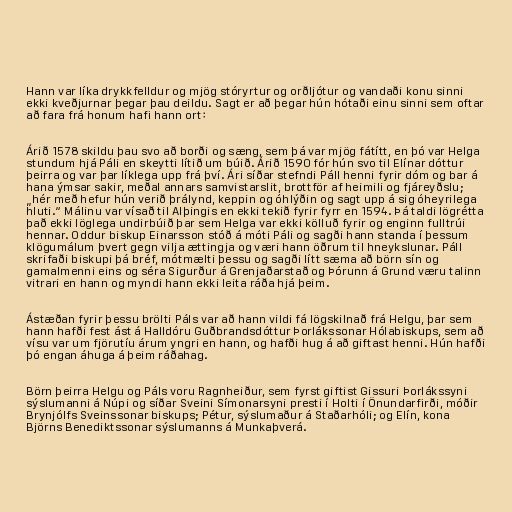
Hann var líka drykkfelldur og mjög stóryrtur og orðljótur og vandaði konu sinni
ekki kveðjurnar þegar þau deildu. Sagt er að þegar hún hótaði einu sinni sem oftar
að fara frá honum hafi hann ort:

Árið 1578 skildu þau svo að borði og sæng, sem þá var mjög fátítt, en þó var Helga
stundum hjá Páli en skeytti lítið um búið. Árið 1590 fór hún svo til Elínar dóttur
þeirra og var þar líklega upp frá því. Ári síðar stefndi Páll henni fyrir dóm og bar á
hana ýmsar sakir, meðal annars samvistarslit, brottför af heimili og fjáreyðslu;
„hér með hefur hún verið þrálynd, keppin og óhlýðin og sagt upp á sig óheyrilega
hluti.“ Málinu var vísað til Alþingis en ekki tekið fyrir fyrr en 1594. Þá taldi lögrétta
það ekki löglega undirbúið þar sem Helga var ekki kölluð fyrir og enginn fulltrúi
hennar. Oddur biskup Einarsson stóð á móti Páli og sagði hann standa í þessum
klögumálum þvert gegn vilja ættingja og væri hann öðrum til hneykslunar. Páll
skrifaði biskupi þá bréf, mótmælti þessu og sagði lítt sæma að börn sín og
gamalmenni eins og séra Sigurður á Grenjaðarstað og Þórunn á Grund væru talinn
vitrari en hann og myndi hann ekki leita ráða hjá þeim.

Ástæðan fyrir þessu brölti Páls var að hann vildi fá lögskilnað frá Helgu, þar sem
hann hafði fest ást á Halldóru Guðbrandsdóttur Þorlákssonar Hólabiskups, sem að
vísu var um fjörutíu árum yngri en hann, og hafði hug á að giftast henni. Hún hafði
þó engan áhuga á þeim ráðahag.

Börn þeirra Helgu og Páls voru Ragnheiður, sem fyrst giftist Gissuri Þorlákssyni
sýslumanni á Núpi og síðar Sveini Símonarsyni presti í Holti í Önundarfirði, móðir
Brynjólfs Sveinssonar biskups; Pétur, sýslumaður á Staðarhóli; og Elín, kona
Björns Benediktssonar sýslumanns á Munkaþverá.